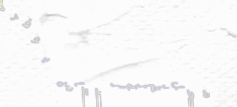
محل بقالة السعادة يوفر كل